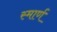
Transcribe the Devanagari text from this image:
स्मार्ण